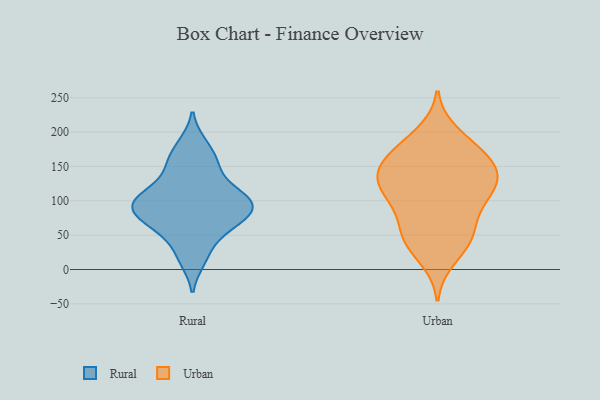
{"axis": {"x": "Operating Costs (USD K)", "y": "Value"}, "legend": ["Rural", "Urban"], "data": [{"x": "", "y": 66, "type": "Rural"}, {"x": "", "y": 91, "type": "Rural"}, {"x": "", "y": 154, "type": "Rural"}, {"x": "", "y": 120, "type": "Rural"}, {"x": "", "y": 74, "type": "Rural"}, {"x": "", "y": 183, "type": "Rural"}, {"x": "", "y": 89, "type": "Rural"}, {"x": "", "y": 100, "type": "Rural"}, {"x": "", "y": 71, "type": "Rural"}, {"x": "", "y": 109, "type": "Rural"}, {"x": "", "y": 13, "type": "Rural"}, {"x": "", "y": 40, "type": "Rural"}, {"x": "", "y": 102, "type": "Rural"}, {"x": "", "y": 153, "type": "Rural"}, {"x": "", "y": 104, "type": "Urban"}, {"x": "", "y": 117, "type": "Urban"}, {"x": "", "y": 143, "type": "Urban"}, {"x": "", "y": 115, "type": "Urban"}, {"x": "", "y": 172, "type": "Urban"}, {"x": "", "y": 57, "type": "Urban"}, {"x": "", "y": 185, "type": "Urban"}, {"x": "", "y": 76, "type": "Urban"}, {"x": "", "y": 100, "type": "Urban"}, {"x": "", "y": 151, "type": "Urban"}, {"x": "", "y": 136, "type": "Urban"}, {"x": "", "y": 163, "type": "Urban"}, {"x": "", "y": 44, "type": "Urban"}, {"x": "", "y": 48, "type": "Urban"}, {"x": "", "y": 198, "type": "Urban"}, {"x": "", "y": 138, "type": "Urban"}, {"x": "", "y": 117, "type": "Urban"}, {"x": "", "y": 40, "type": "Urban"}, {"x": "", "y": 16, "type": "Urban"}, {"x": "", "y": 155, "type": "Urban"}]}